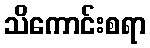
သိကောင်းစရာ